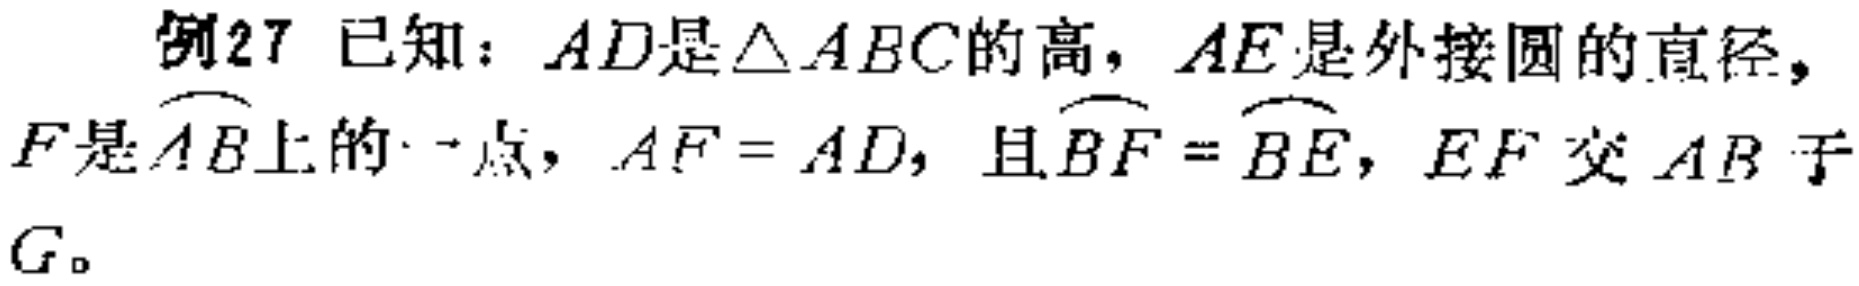
例27 已知：$AD$是$\triangle ABC$的高，$AE$是外接圆的直径，$F$是$\overset{\frown}{AB}$上的一点，$AF = AD$，且$\overset{\frown}{BF}=\overset{\frown}{BE}$，$EF$交$AB$于$G$。